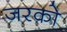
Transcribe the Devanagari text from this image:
जरको